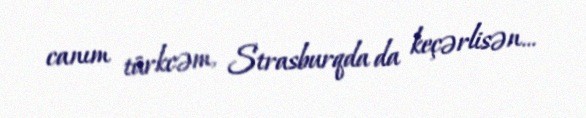
canım türkcəm, Strasburqda da keçərlisən...